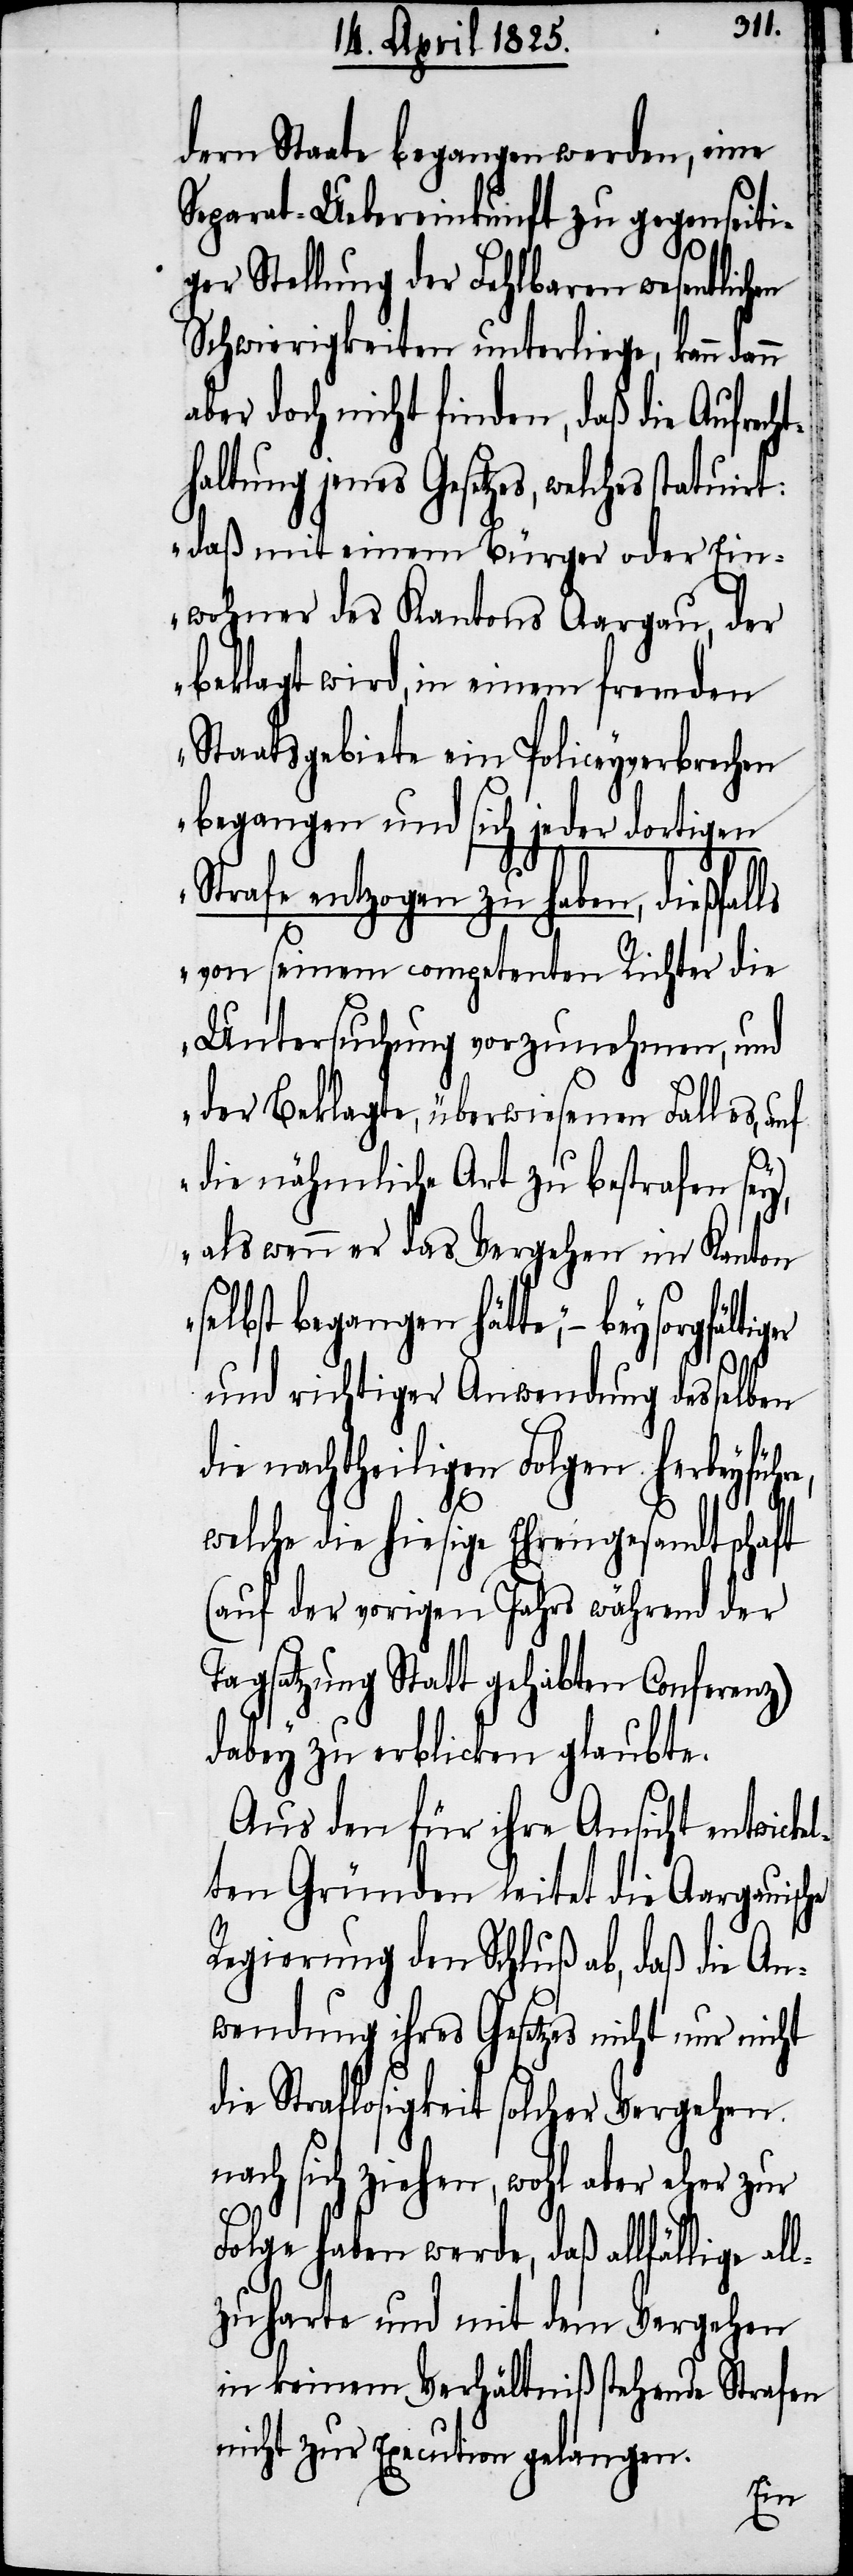
dern Staate begangen werden, eine
Separat-Uebereinkunft zu gegenseiti¬
ger Stellung der Fehlbaren wesentlichen
Schwierigkeiten unterliege, kann dann
aber doch nicht finden, daß die Aufrec¬
haltung jenes Gesetzes, welches statuirt:
„daß mit einem Bürger oder Ein¬
wohner des Kantons Aargau, der
beklagt wird, in einem fremden
Staatsgebiete ein Policeyverbrechen
begangen und sich jeder dortigen
Strafe entzogen zu haben, dießfal¬
von seinem competenten Richter die
Untersuchung vorzunehmen, und
der Beklagte, überwiesenen Falles, auf
die nähmliche Art zu bestrafen sey,
als wenn er das Vergehen im Kanton
selbst begangen hätte“, − bey
und richtiger Anwendung desselben
die nachtheiligen Folgen herbeyführe,
ls
welche die hiesige Ehrengesandtschaft
(auf der vorigen Jahrs während der
Tagsatzung Statt gehabten Conferenz)
dabey zu erblicken glaubte.
Aus den für ihre Ansicht entwicke¬
lten Gründen leitet die Aargauische
Regierung den Schluß ab, daß die An¬
wendung ihres Gesetzes nicht nur nicht
die Straflosigkeit solcher Vergehen
nach sich ziehen, wohl aber eher
Folge haben werde, daß allfällige al¬
lzuharte und mit dem Vergehen
in keinem Verhältniß stehende Strafen
nicht zur Execution gelangen.